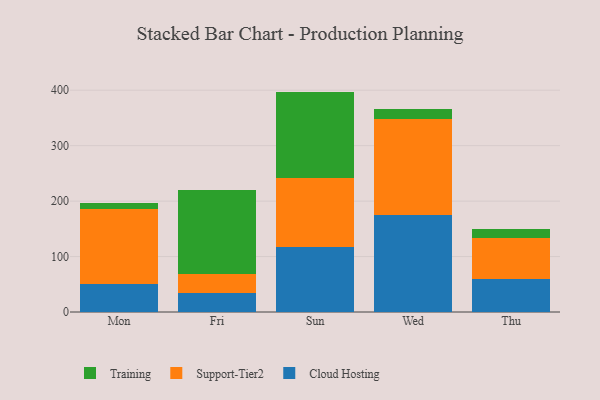
{"axis": {"x": "Day", "y": "Website Visitors"}, "legend": ["Cloud Hosting", "Support-Tier2", "Training"], "data": [{"x": "Mon", "y": 50.3, "type": "Cloud Hosting"}, {"x": "Mon", "y": 135.5, "type": "Support-Tier2"}, {"x": "Mon", "y": 11.2, "type": "Training"}, {"x": "Fri", "y": 33.4, "type": "Cloud Hosting"}, {"x": "Fri", "y": 35.9, "type": "Support-Tier2"}, {"x": "Fri", "y": 150.8, "type": "Training"}, {"x": "Sun", "y": 117.7, "type": "Cloud Hosting"}, {"x": "Sun", "y": 124.0, "type": "Support-Tier2"}, {"x": "Sun", "y": 155.8, "type": "Training"}, {"x": "Wed", "y": 175.3, "type": "Cloud Hosting"}, {"x": "Wed", "y": 173.3, "type": "Support-Tier2"}, {"x": "Wed", "y": 18.1, "type": "Training"}, {"x": "Thu", "y": 58.7, "type": "Cloud Hosting"}, {"x": "Thu", "y": 74.3, "type": "Support-Tier2"}, {"x": "Thu", "y": 16.2, "type": "Training"}]}